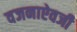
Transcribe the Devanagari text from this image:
वजनाऐवजी